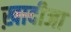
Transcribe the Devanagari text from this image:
ख़ादीजा